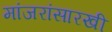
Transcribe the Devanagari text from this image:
मांजरांसारखी